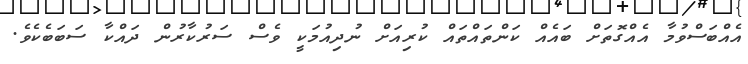
އެއްބަސްވުމާ އެއްގޮތަށް ބައެއް ކަންތައްތައް ކުރިއަށް ނުދިއުމަކީ ވެސް ސަރުކާރުން ދައްކާ ސަބަބެކެވެ.